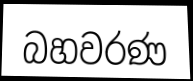
බහවරණ